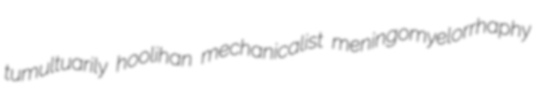
tumultuarily hoolihan mechanicalist meningomyelorrhaphy